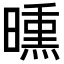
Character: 𣊳